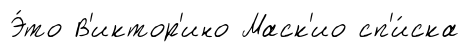
Э́то В'иктор'ино Маск'ио сп'и́ска